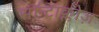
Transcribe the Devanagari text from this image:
सॉन्टाक्लोज़